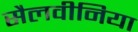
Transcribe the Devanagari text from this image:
सैलवीनिया